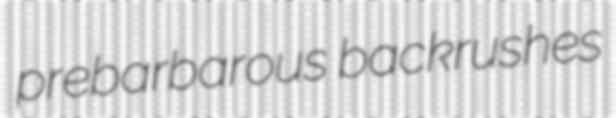
prebarbarous backrushes